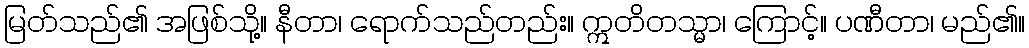
မြတ်သည်၏ အဖြစ်သို့။ နီတာ၊ ရောက်သည်တည်း။ ဣတိတသ္မာ၊ ကြောင့်။ ပဏီတာ၊ မည်၏။